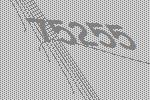
75255